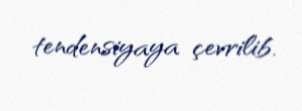
tendensiyaya çevrilib.